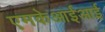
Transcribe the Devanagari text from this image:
एमकेआईआई